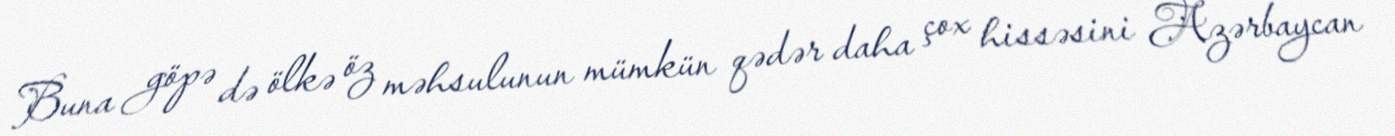
Buna göpə də ölkə öz məhsulunun mümkün qədər daha çox hissəsini Azərbaycan